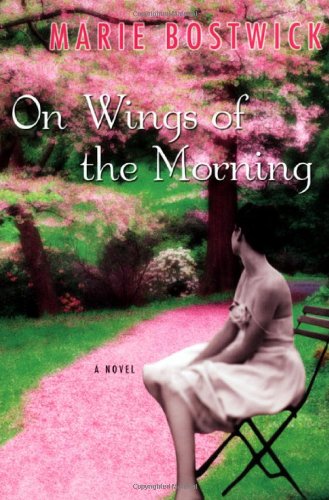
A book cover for On Wings of the Morning; Marie Bostwick; Romance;